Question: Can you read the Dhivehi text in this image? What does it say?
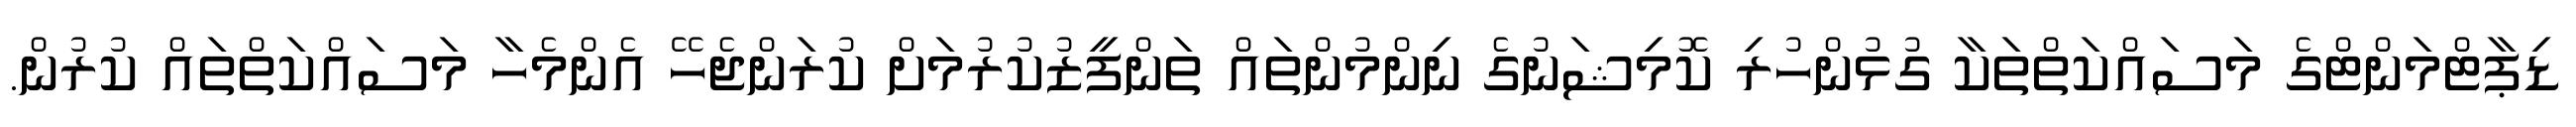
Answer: ޑިޕާޓްމަންޓްގެ މަސައްކަތްތަކާ ގުޅުންހުރި ކޮމިޝަނުގެ ނިންމުންތައް ތަންފީޒުކުރުމަށް ކުރަންޖެހޭ އެންމެހާ މަސައްކަތްތައް ކުރުން.